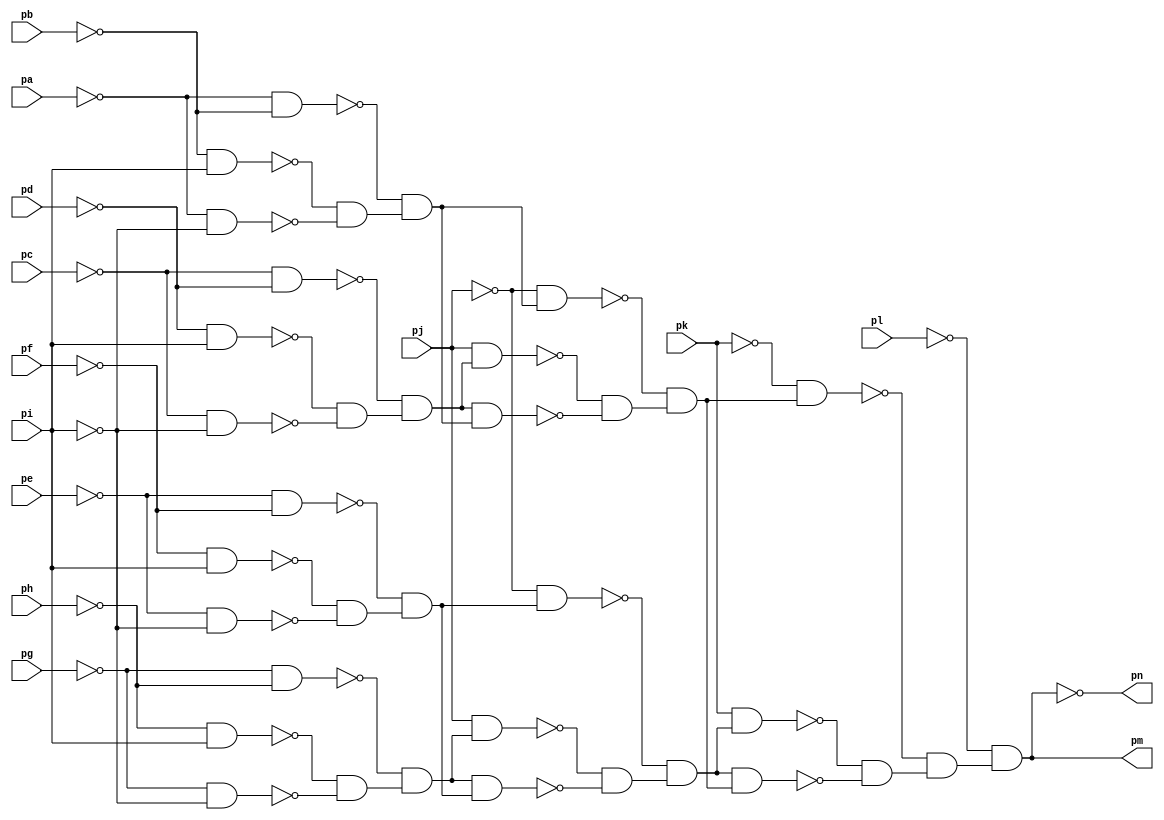
module top ( 
    pa, pb, pc, pd, pe, pf, pg, ph, pi, pj, pk, pl,
    pm, pn  );
  input  pa, pb, pc, pd, pe, pf, pg, ph, pi, pj, pk, pl;
  output pm, pn;
  wire new_n15_, new_n16_, new_n17_, new_n18_, new_n19_, new_n20_, new_n21_,
    new_n22_, new_n23_, new_n24_, new_n25_, new_n26_, new_n27_, new_n28_,
    new_n29_, new_n30_, new_n31_, new_n32_, new_n33_, new_n34_, new_n35_,
    new_n36_, new_n37_, new_n38_, new_n39_, new_n40_, new_n41_, new_n42_,
    new_n43_, new_n44_, new_n45_, new_n46_, new_n47_, new_n48_, new_n49_;
  assign new_n15_ = ~ph & pi;
  assign new_n16_ = ~pg & ~pi;
  assign new_n17_ = ~pg & ~ph;
  assign new_n18_ = ~new_n15_ & ~new_n16_;
  assign new_n19_ = ~new_n17_ & new_n18_;
  assign new_n20_ = pj & new_n19_;
  assign new_n21_ = ~pf & pi;
  assign new_n22_ = ~pe & ~pi;
  assign new_n23_ = ~pe & ~pf;
  assign new_n24_ = ~new_n21_ & ~new_n22_;
  assign new_n25_ = ~new_n23_ & new_n24_;
  assign new_n26_ = new_n19_ & new_n25_;
  assign new_n27_ = ~pj & new_n25_;
  assign new_n28_ = ~new_n20_ & ~new_n26_;
  assign new_n29_ = ~new_n27_ & new_n28_;
  assign new_n30_ = pk & new_n29_;
  assign new_n31_ = ~pd & pi;
  assign new_n32_ = ~pc & ~pi;
  assign new_n33_ = ~pc & ~pd;
  assign new_n34_ = ~new_n31_ & ~new_n32_;
  assign new_n35_ = ~new_n33_ & new_n34_;
  assign new_n36_ = pj & new_n35_;
  assign new_n37_ = ~pb & pi;
  assign new_n38_ = ~pa & ~pi;
  assign new_n39_ = ~pa & ~pb;
  assign new_n40_ = ~new_n37_ & ~new_n38_;
  assign new_n41_ = ~new_n39_ & new_n40_;
  assign new_n42_ = new_n35_ & new_n41_;
  assign new_n43_ = ~pj & new_n41_;
  assign new_n44_ = ~new_n36_ & ~new_n42_;
  assign new_n45_ = ~new_n43_ & new_n44_;
  assign new_n46_ = new_n29_ & new_n45_;
  assign new_n47_ = ~pk & new_n45_;
  assign new_n48_ = ~new_n30_ & ~new_n46_;
  assign new_n49_ = ~new_n47_ & new_n48_;
  assign pm = ~pl & new_n49_;
  assign pn = ~pm;
endmodule